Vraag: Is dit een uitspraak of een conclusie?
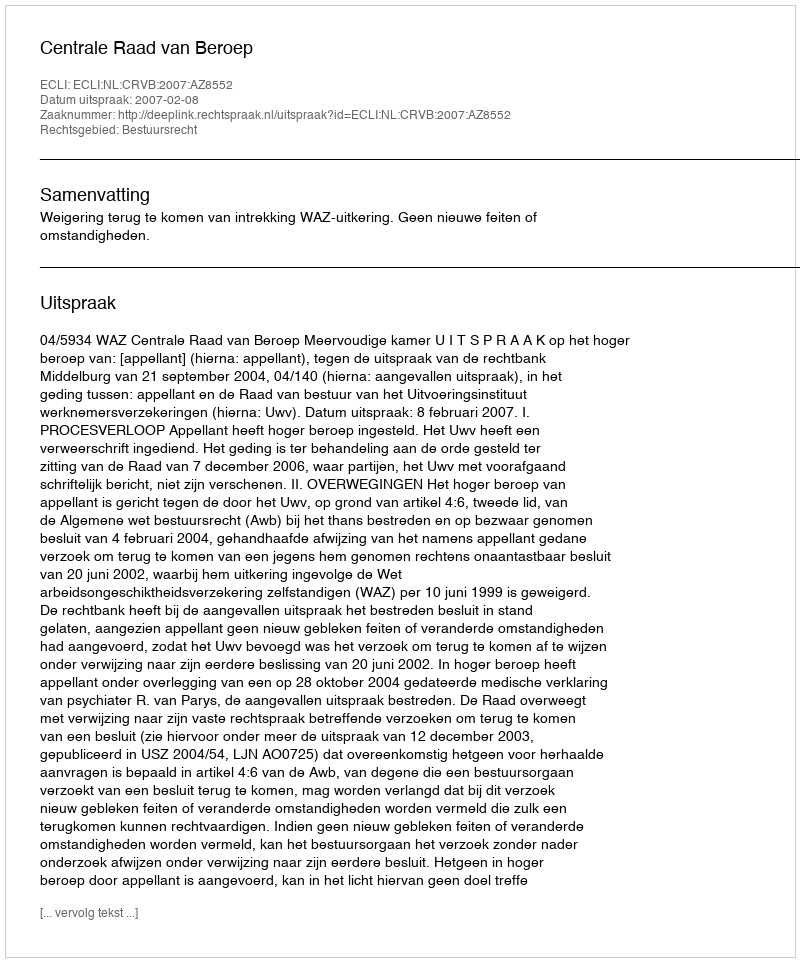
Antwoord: Uitspraak